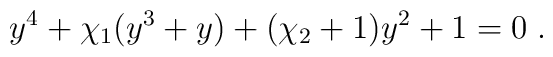
y^4+\chi_1(y^3+y)+(\chi_2+1)y^2 +1 =0 \; .